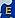
e